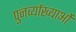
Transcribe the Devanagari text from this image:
पुनर्व्याख्याओं